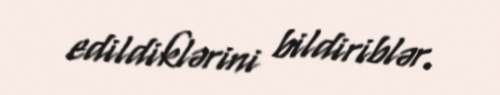
edildiklərini bildiriblər.